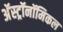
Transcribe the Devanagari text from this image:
अॅस्ट्रॉनॉमिकल